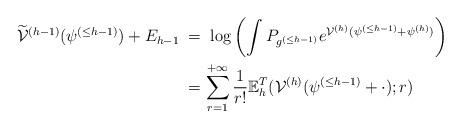
LaTeX: \begin{align*}\widetilde{\mathcal{V}}^{(h-1)}(\psi^{(\leq h-1)}) +E_{h-1} \;&=\; \log \left( \int P_{g^{(\leq h-1)}} e^{\mathcal{V}^{(h)}(\psi^{(\leq h-1)}+\psi^{(h)})}\right) \\&=\sum_{r=1}^{+\infty} \frac{1}{r!} \mathbb{E}^T_{h}(\mathcal{V}^{(h)}(\psi^{({\leq}h-1)}+\cdot);r)\end{align*}